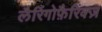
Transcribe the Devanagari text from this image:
लैरिंगोफ़ैरिंक्ज़